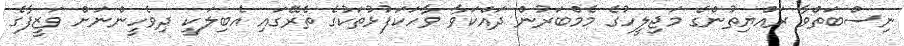
ނިސްބަތްވާ ރައްޔިތުންގެ މަޖިލީހުގެ މެމްބަރުން ދައްކަވާ ވާހަކަފުޅުތަކުގެ ތެރޭގައި އެބިލަކީ ދިވެހީންނަށް ވަޒީފާގެ